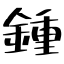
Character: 鍾